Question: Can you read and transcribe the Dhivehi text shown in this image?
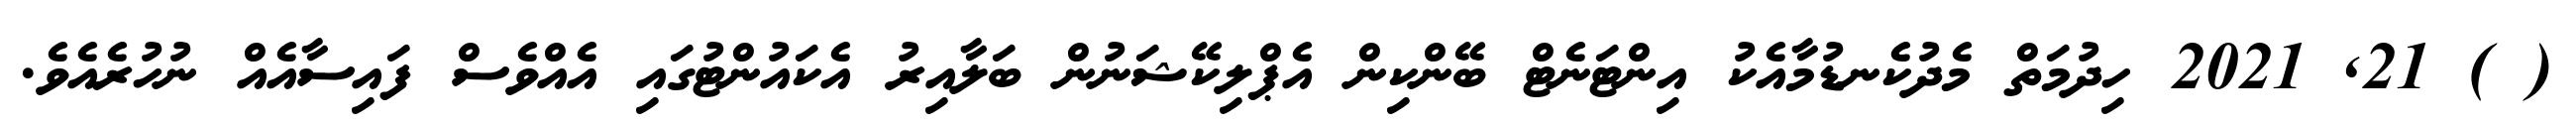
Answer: ( ) 21, 2021 ހިދުމަތް މެދުކެނޑުމާއެކު އިންޓަނެޓް ބޭންކިން އެޕްލިކޭޝަނުން ބަލާއިރު އެކައުންޓުގައި އެއްވެސް ފައިސާއެއް ނުހުރެއެވެ.